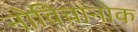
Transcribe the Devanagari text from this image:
नोविचानोक